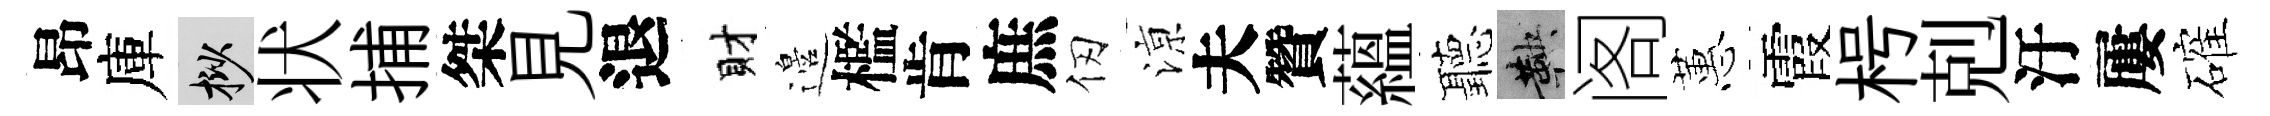
昂庫挲状捕桀見退財邉檻肯庶仞鿌夫贊蘊聽鞅阁蕙霞枵剋汙屢確